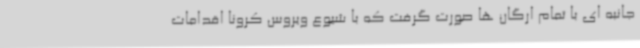
جانبه ای با تمام ارگان ها صورت گرفت که با شیوع ویروس کرونا اقدامات